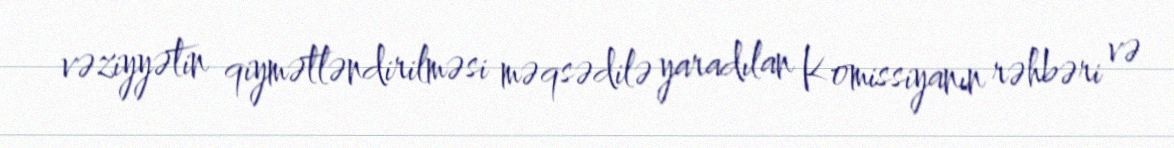
vəziyyətin qiymətləndirilməsi məqsədilə yaradılan Komissiyanın rəhbəri və